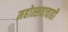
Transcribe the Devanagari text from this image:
महोत्सवाचाही